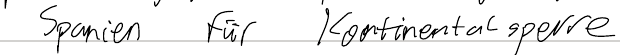
Spanien für Kontinentalsperre